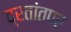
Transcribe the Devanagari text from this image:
व्रतांतपर